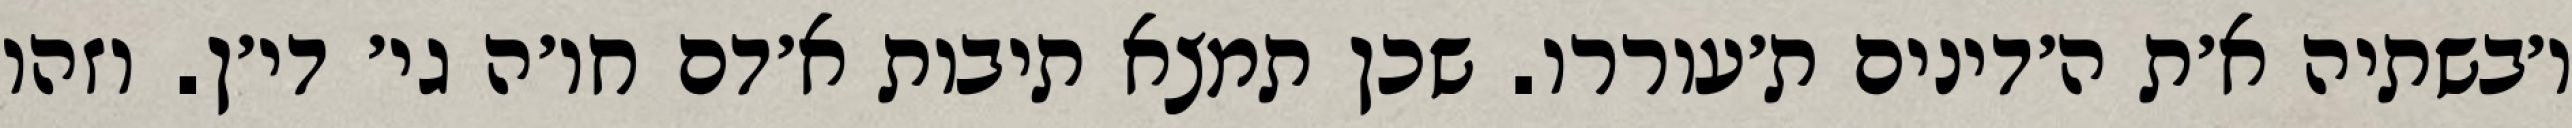
ו׳בשתיה א׳ת ה׳דינים ת׳עוררו. שכן תמצא תיבות א׳דם חו׳ה גי׳ די׳ן. וזהו